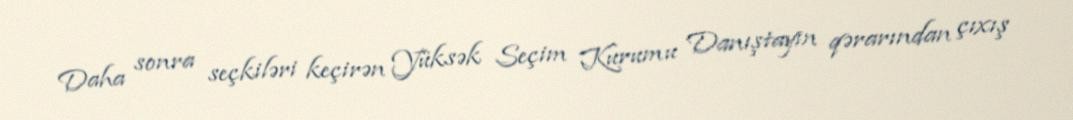
Daha sonra seçkiləri keçirən Yüksək Seçim Kurumu Danıştayın qərarından çıxış